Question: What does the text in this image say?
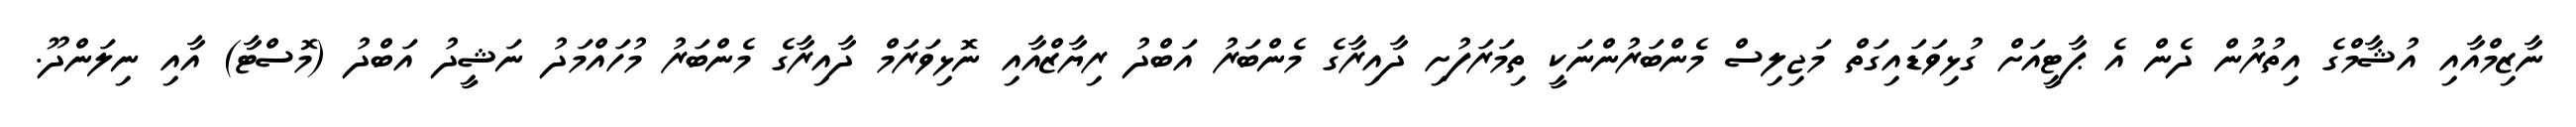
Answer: ނާޒިމްއާއި އުޝާމްގެ އިތުރުން ދެން އެ ޕާޓީއަށް ގުޅިވަޑައިގަތް މަޖިލިސް މެންބަރުންނަކީ ތިމަރަފުށި ދާއިރާގެ މެންބަރު އަބްދު ރިޔާޒްއާއި ނޮޅިވަރަމް ދާއިރާގެ މެންބަރު މުހައްމަދު ނަޝީދު އަބްދު (މޮސްޓާ) އާއި ނިލަންދޫ.